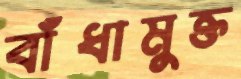
বাঁধামুক্ত